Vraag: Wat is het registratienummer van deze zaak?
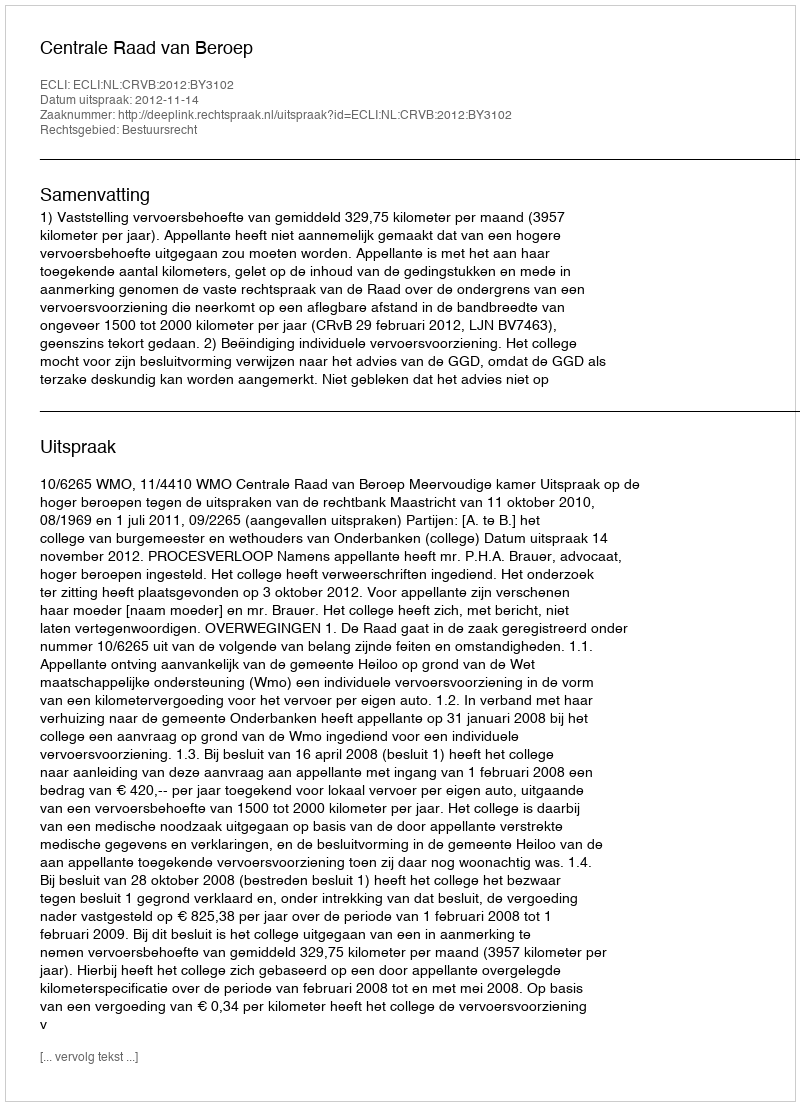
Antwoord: http://deeplink.rechtspraak.nl/uitspraak?id=ECLI:NL:CRVB:2012:BY3102